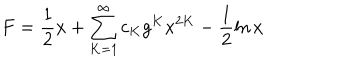
LaTeX: F = \frac { 1 } { 2 } x + \sum _ { K = 1 } ^ { \infty } c _ { K } g ^ { K } x ^ { 2 K } - \frac { 1 } { 2 } \ln x